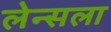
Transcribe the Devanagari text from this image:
लेन्सला